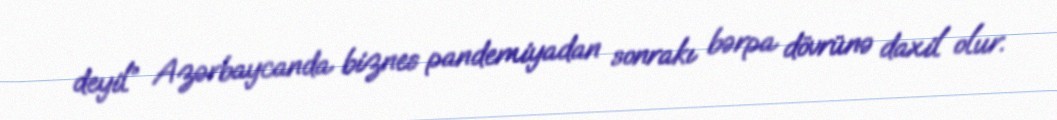
deyil” Azərbaycanda biznes pandemiyadan sonrakı bərpa dövrünə daxil olur.